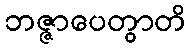
ဘဇ္ဇာပေတွာတိ